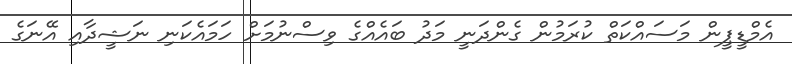
އެމްޑީޕީން މަސައްކަތް ކުރަމުން ގެންދަނީ މަދު ބައެއްގެ ވިސްނުމަށް ހަމައެކަނި ނަޝީދާއި އޭނަގެ